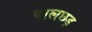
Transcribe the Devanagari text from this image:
वालछड़